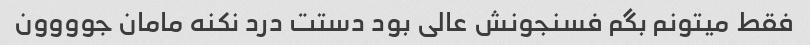
فقط میتونم بگم فسنجونش عالی بود دستت درد نکنه مامان جوووون